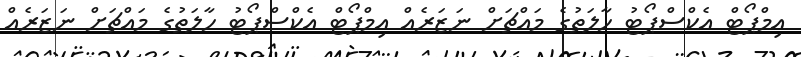
އިމްޕޯޓް އެކްސްޕޯޓު ހާލަތުގެ މައްޗަށް ނަޒަރެއް އިމްޕޯޓް އެކްސްޕޯޓު ހާލަތުގެ މައްޗަށް ނަޒަރެއް